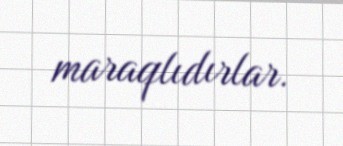
maraqlıdırlar.